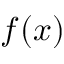
f ( x )